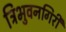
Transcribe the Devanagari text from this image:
त्रिभुवनगिरी